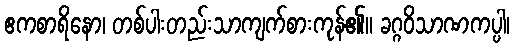
ဧကစာရိနော၊ တစ်ပါးတည်းသာကျက်စားကုန်၏။ ခဂ္ဂဝိသာဏကပ္ပါ၊